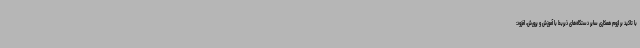
با تاکید بر لزوم همکاری سایر دستگاه‌های ذیربط با آموزش و پرورش، افزود: